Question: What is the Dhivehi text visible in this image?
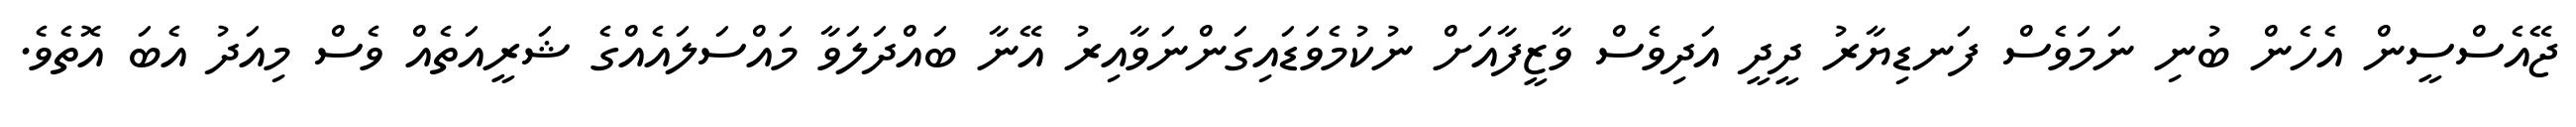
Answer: ޖޭއެސްސީން އެހެން ބުނި ނަމަވެސް ފަނޑިޔާރު ދީދީ އަދިވެސް ވާޒީފާއަށް ނުކުމެވަޑައިގަންނަވާއިރު އޭނާ ބައްދަލަވާ މައްސަލައެއްގެ ޝަރީއަތެއް ވެސް މިއަދު އެބަ އޮތެވެ.